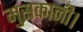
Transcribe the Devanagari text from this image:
मुसकानी।